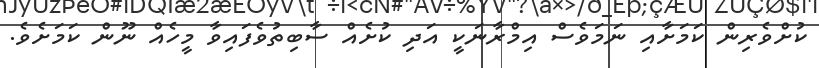
ކުށްވެރިން ކަމަށާއި ނަމަވެސް އިމްރާނަކީ އަދި ކުށެއް ސާބިތުވެފައިވާ މީހެއް ނޫން ކަމަށެވެ.